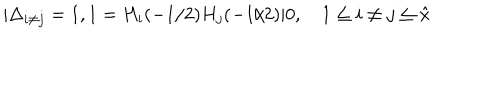
LaTeX: | \Delta _ { i \ne j } = 1 , 1 = H _ { i } ( - 1 / 2 ) H _ { j } ( - 1 / 2 ) | 0 , \quad 1 \le i \ne j \le { \hat { x } }